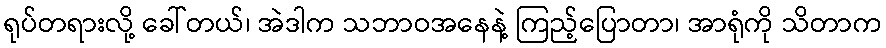
ရုပ်တရားလို့ ခေါ်တယ်၊ အဲဒါက သဘာဝအနေနဲ့ ကြည့်ပြောတာ၊ အာရုံကို သိတာက